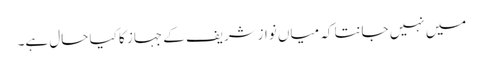
میں نہیں جانتا کہ میاں نوازشریف کے جہاز کا کیا حال ہے۔